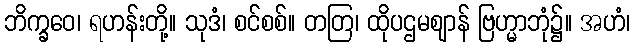
ဘိက္ခဝေ၊ ရဟန်းတို့။ သုဒံ၊ စင်စစ်။ တတြ၊ ထိုပဌမဈာန် ဗြဟ္မာဘုံ၌။ အဟံ၊